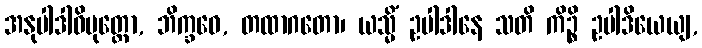
အနုပါဒါဝိမုတ္တော, ဘိက္ခဝေ, တထာဂတော၊ ယသ္မိံ ဥပါဒါနေ သတိ ကိဉ္စိ ဥပါဒိယေယျ,